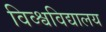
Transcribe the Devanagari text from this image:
विव्श्वविद्यालय